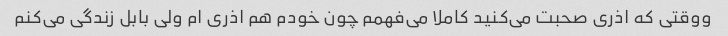
ووقتی که اذری صحبت می‌کنید کاملا می‌فهمم چون خودم هم اذری ام ولی بابل زندگی می‌کنم